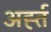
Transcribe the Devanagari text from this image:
अर्ह्त